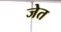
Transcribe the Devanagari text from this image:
जेत